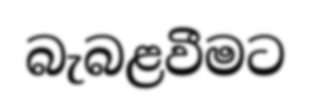
බැබළවීමට